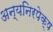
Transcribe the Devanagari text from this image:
अन्यनिरपेक्ष